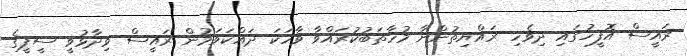
ރައީސް އޮފީހުގައި ދިވެހި ރައްޔިތުންނާ މުހާތަބުކުރައްވާ ވާހަކަ ދައްކަވަމުން ރައީސް ވިދާޅުވީ ސީޕީގެ